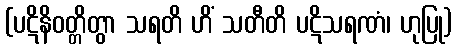
(ပဋိနိဝတ္တိတွာ သရတိ ဟိံ သတီတိ ပဋိသရဏံ၊ ဟုပြု)